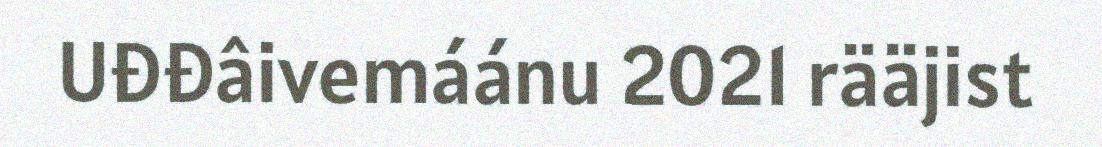
Uđđâivemáánu 2021 rääjist